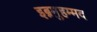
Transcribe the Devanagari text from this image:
इब्नमुहम्मद